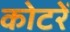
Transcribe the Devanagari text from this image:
कोटरें